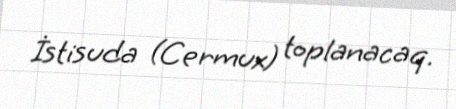
İstisuda (Cermux) toplanacaq.